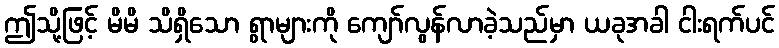
ဤသို့ဖြင့် မိမိ သိရှိသော ရွာများကို ကျော်လွန်လာခဲ့သည်မှာ ယခုအခါ ငါးရက်ပင်